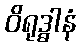
ဝိရုဒ္ဓါနံ